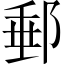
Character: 郵